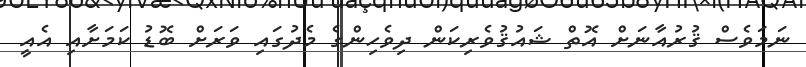
ނަަމަވެސް ޤުރުއާނަށް އޮތް ޝައުޤުވެރިކަން ދިވެހިންގެ މެދުގައި ވަރަށް ބޮޑު ކަމަށާއި އެއީ